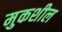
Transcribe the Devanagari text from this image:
मुकशील